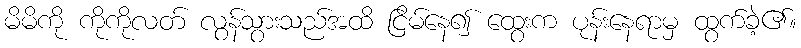
မိမိကို ကိုကိုလတ် လွန်သွားသည်အထိ ငြိမ်နေ၍ ထွေးက ပုန်းနေရာမှ ထွက်ခဲ့၏။